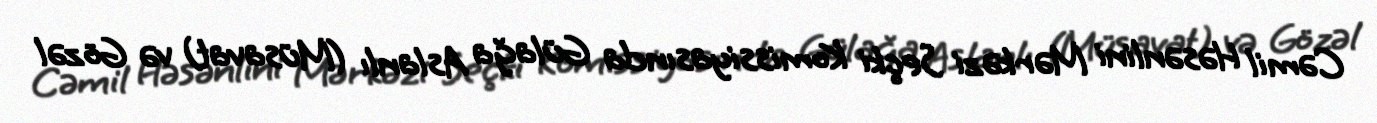
Cəmil Həsənlini Mərkəzi Seçki Komissiyasında Gülağa Aslanlı (Müsavat) və Gözəl